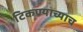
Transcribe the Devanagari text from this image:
टिकण्याच्याच